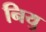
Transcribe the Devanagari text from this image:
नियु